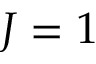
J = 1